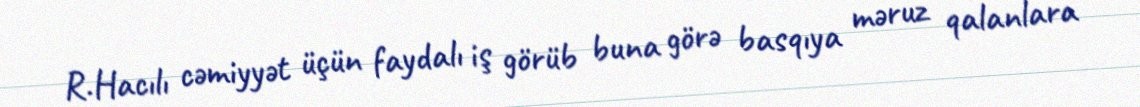
R.Hacılı cəmiyyət üçün faydalı iş görüb buna görə basqıya məruz qalanlara